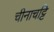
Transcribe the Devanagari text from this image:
चीनाचट्टि